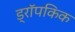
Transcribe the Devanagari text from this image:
ड्रॉपकिक